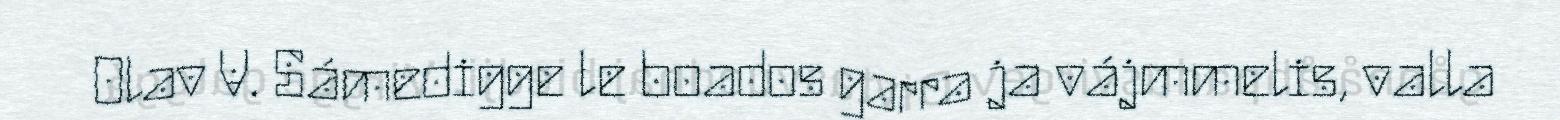
Olav V. Sámedigge le boados garra ja vájmmelis, valla